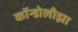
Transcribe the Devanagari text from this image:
कॉन्डोलीझा